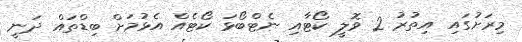
މިރަށުގައި އިތުރު 2 ވޮލީ ކޯޓާއި ނެޓްބޯޅަ ކޯޓެއް އެޅުމަށް ބިޑްތައް ދަނީ